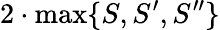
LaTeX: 2\cdot\operatorname*{max}\{ S,S^{\prime},S^{\prime\prime}\}